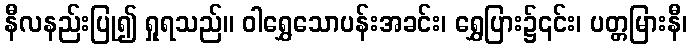
နီလနည်းပြု၍ ရှုရသည်။ ဝါရွှေသောပန်းအခင်း၊ ရွှေပြား၌၎င်း၊ ပတ္တမြားနီ၊